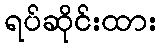
ရပ်ဆိုင်းထား